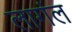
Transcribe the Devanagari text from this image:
लागंल